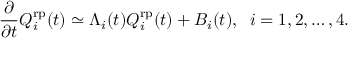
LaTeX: \frac { \partial } { \partial t } Q _ { i } ^ { \mathrm { r p } } ( t ) \simeq \Lambda _ { i } ( t ) Q _ { i } ^ { \mathrm { r p } } ( t ) + B _ { i } ( t ) , \; \; i = 1 , 2 , \ldots , 4 .